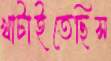
খাটাইতেছিস